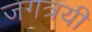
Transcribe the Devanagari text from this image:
जगत्रयी